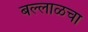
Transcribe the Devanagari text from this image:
बल्लाळचा